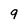
Character: 9